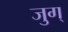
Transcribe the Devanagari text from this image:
जुग्